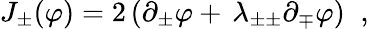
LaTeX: J_{\pm}(\varphi)=2\left(\partial_{\pm}\varphi+\, \lambda_{\pm\pm}\partial_{\mp}\varphi\right)\; \; ,